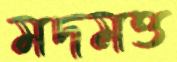
মদমত্ত